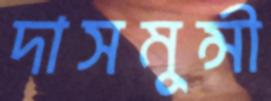
দাসমুন্সী